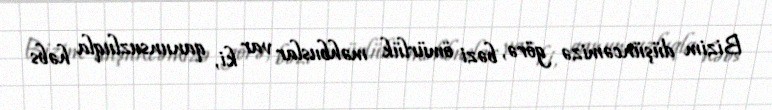
Bizim düşüncəmizə görə, bəzi ömürlük məhbuslar var ki, qanunsuzluqla həbs